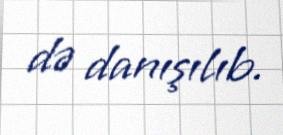
də danışılıb.